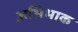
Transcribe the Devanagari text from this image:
अभिभाक